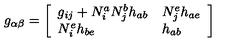
g _ { \alpha \beta } = \left[ \begin{array} { l l } { g _ { i j } + N _ { i } ^ { a } N _ { j } ^ { b } h _ { a b } } & { N _ { j } ^ { e } h _ { a e } } \\ { N _ { i } ^ { e } h _ { b e } } & { h _ { a b } } \\ \end{array} \right]